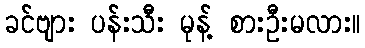
ခင်ဗျား ပန်းသီး မုန့် စားဦးမလား။